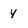
Character: y